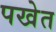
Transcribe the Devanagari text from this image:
पखेत